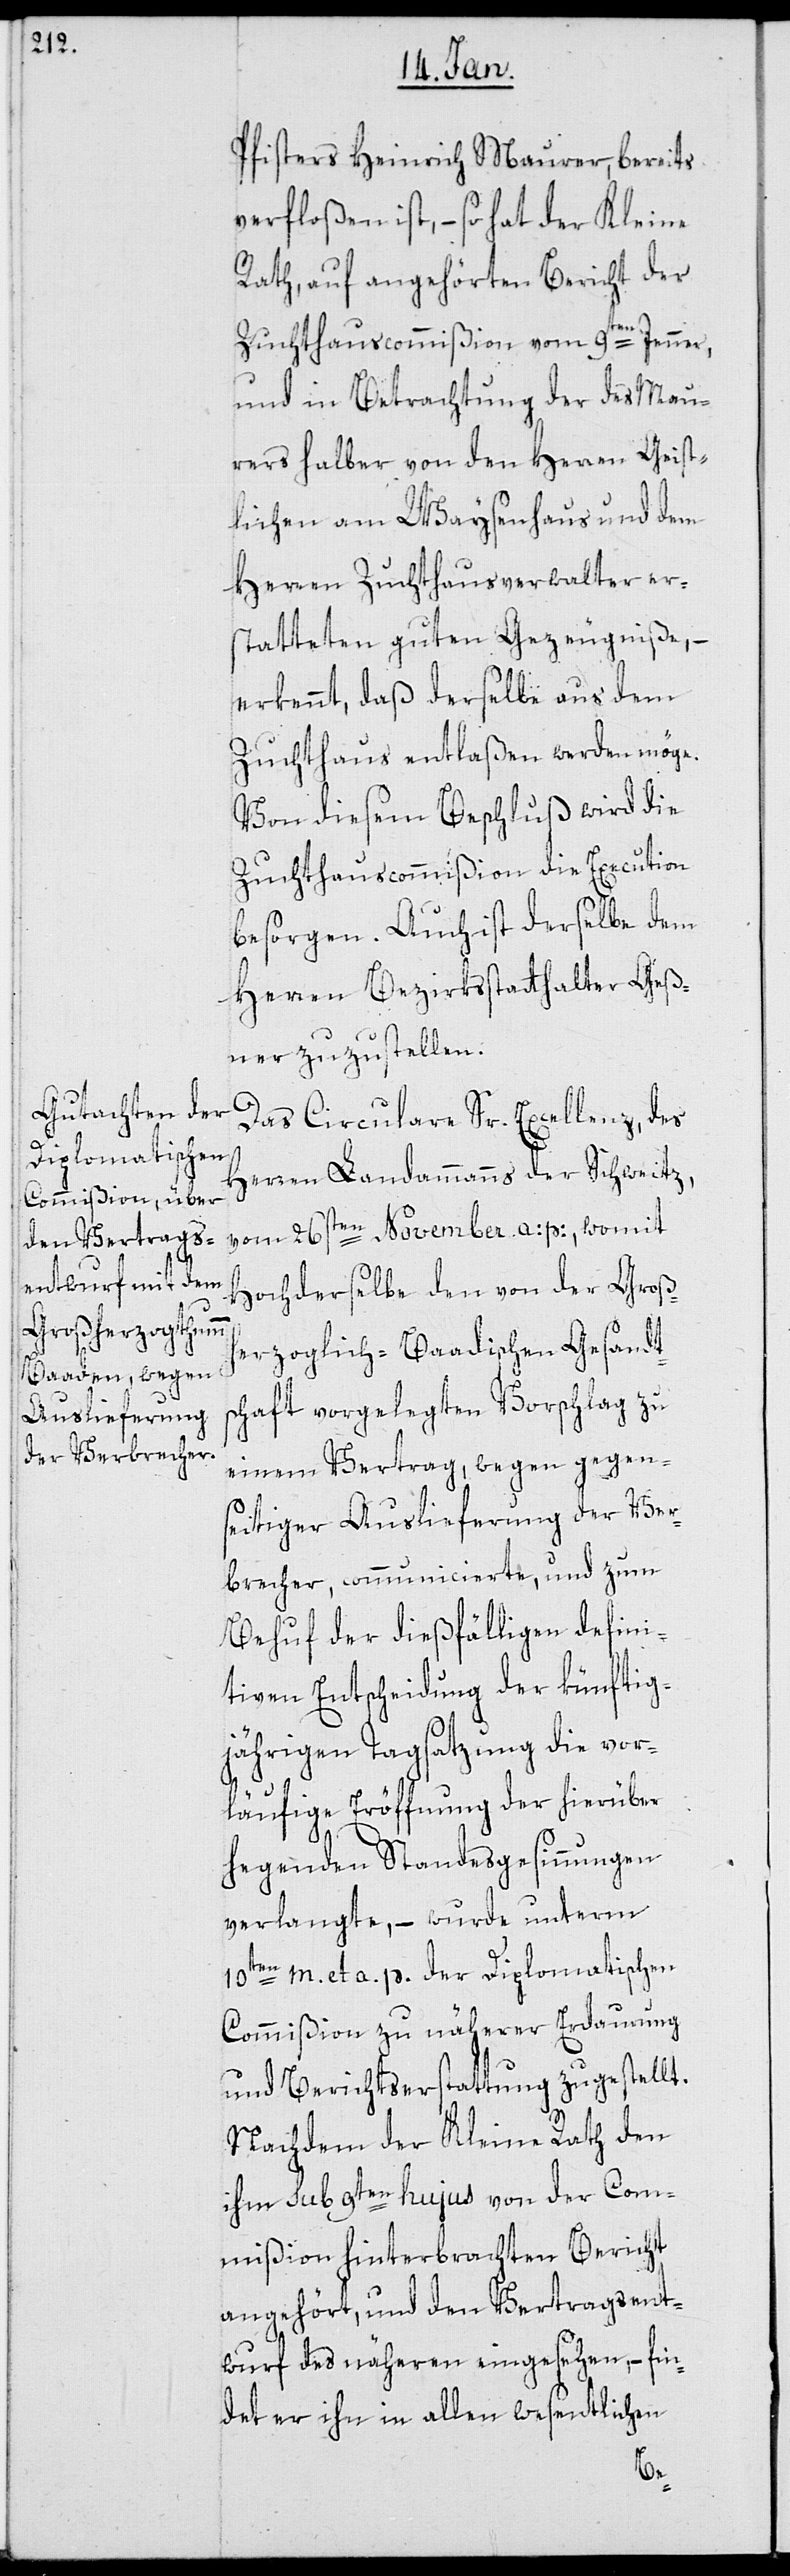
Pfisters Heinrich Maurer, bereits
verfloßen ist, – so hat der Kleine
Rath, auf angehörten Bericht der
Zuchthauscommißion vom 9ten Jenner,
und in Betrachtung der des Mau¬
rers halber von den Herren Geist¬
lichen am Waysenhaus und dem
Herren Zuchthausverwalter er¬
statteten guten Gezeugniße, –
erkennt, daß derselbe aus dem
Zuchthaus entlaßen werden möge.
Von diesem Beschluß wird die
Zuchthauscommißion die Execution
besorgen. Auch ist derselbe dem
Herren Bezirksstatthalter Geß¬
ner zuzustellen.
Das Circulare Sr. Excellenz, des
Herren Landammanns der Schweitz,
vom 26sten November a. p., womit
Hochderselbe den von der Großh¬
erzoglich-Baadischen Gesandts¬
chaft vorgelegten Vorschlag zu
einem Vertrag, wegen gegen¬
seitiger Auslieferung der Ver¬
brecher, communicierte und zum
Behuf der dießfälligen defini¬
tiven Entscheidung der künftig¬
jährigen Tagsatzung die vor¬
läufige Eröffnung der hierüber
hegenden Standesgesinnungen
verlangte, – wurde unterm
10ten m. et a. p. der Diplomatischen
Commißion zu näherer Erdaurung
und Berichtserstattung zugestellt.
Nachdem der Kleine Rath den
ihm sub 9ten hujus von der Com¬
mißion hinterbrachten Bericht
angehört, und den Vertragsent¬
wurf des näheren eingesehen, – fin¬
det er ihn in allen wesentlichen